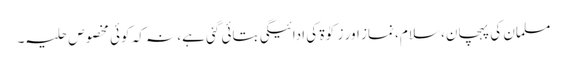
مسلمان کی پہچان، سلام، نماز اور زکوٰۃ کی ادائیگی بتائی گئی ہے، نہ کہ کوئی مخصوص حلیہ۔